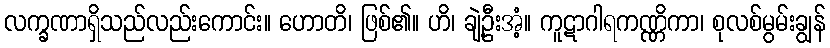
လက္ခဏာရှိသည်လည်းကောင်း။ ဟောတိ၊ ဖြစ်၏။ ဟိ၊ ချဲ့ဦးအံ့။ ကူဋာဂါရကဏ္ဏိကာ၊ စုလစ်မွမ်းချွန်